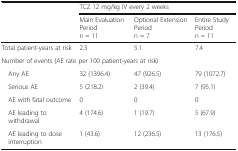
<table><thead><tr><td></td><td colspan="3"><b>TCZ 12 mg/kg IV every 2 weeks</b></td></tr><tr><td></td><td><b>Main Evaluation Periodn = 11</b></td><td><b>Optional Extension Periodn = 7</b></td><td><b>Entire Study Periodn = 11</b></td></tr></thead><tbody><tr><td>Total patient-years at risk</td><td>2.3</td><td>5.1</td><td>7.4</td></tr><tr><td colspan="4">Number of events (AE rate per 100 patient-years at risk)</td></tr><tr><td> Any AE</td><td>32 (1396.4)</td><td>47 (926.5)</td><td>79 (1072.7)</td></tr><tr><td> Serious AE</td><td>5 (218.2)</td><td>2 (39.4)</td><td>7 (95.1)</td></tr><tr><td> AE with fatal outcome</td><td>0</td><td>0</td><td>0</td></tr><tr><td> AE leading to withdrawal</td><td>4 (174.6)</td><td>1 (19.7)</td><td>5 (67.9)</td></tr><tr><td> AE leading to dose interruption</td><td>1 (43.6)</td><td>12 (236.5)</td><td>13 (176.5)</td></tr></tbody></table>